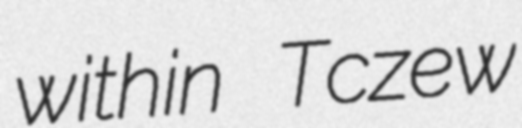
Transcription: within Tczew